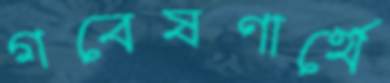
গবেষণার্থে